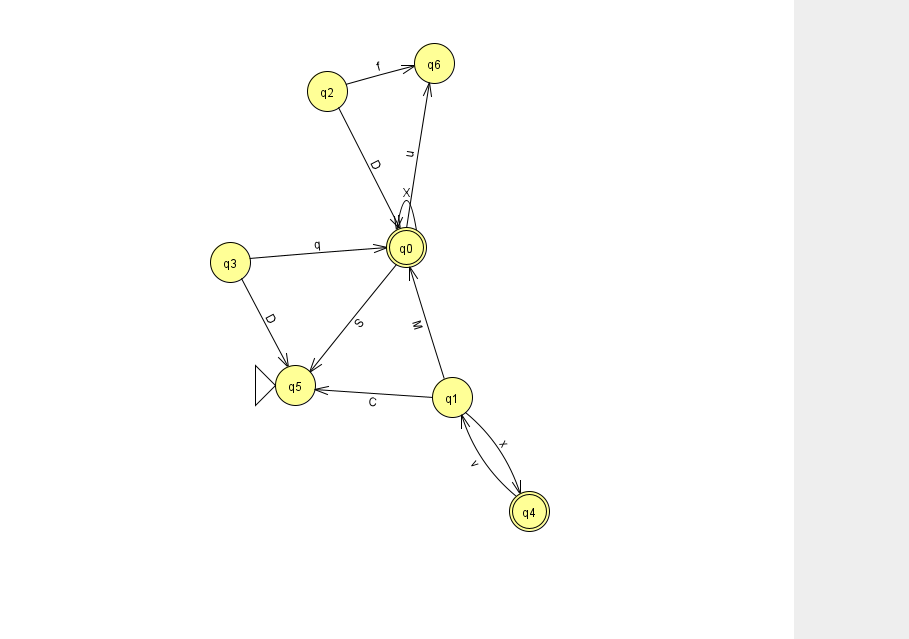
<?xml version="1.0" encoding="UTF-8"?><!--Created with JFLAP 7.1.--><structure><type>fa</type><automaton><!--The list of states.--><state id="0" name="q0"><x>406.0</x><y>234.0</y><final/></state><state id="1" name="q1"><x>452.0</x><y>384.0</y></state><state id="2" name="q2"><x>327.0</x><y>78.0</y></state><state id="3" name="q3"><x>230.0</x><y>249.0</y></state><state id="4" name="q4"><x>529.0</x><y>498.0</y><final/></state><state id="5" name="q5"><x>295.0</x><y>372.0</y><initial/></state><state id="6" name="q6"><x>434.0</x><y>50.0</y></state><!--The list of transitions.--><transition><from>0</from><to>5</to><read>S</read></transition><transition><from>2</from><to>6</to><read>f</read></transition><transition><from>2</from><to>0</to><read>D</read></transition><transition><from>1</from><to>4</to><read>x</read></transition><transition><from>3</from><to>5</to><read>D</read></transition><transition><from>1</from><to>5</to><read>C</read></transition><transition><from>3</from><to>0</to><read>q</read></transition><transition><from>0</from><to>6</to><read>u</read></transition><transition><from>0</from><to>0</to><read>X</read></transition><transition><from>1</from><to>0</to><read>M</read></transition><transition><from>4</from><to>1</to><read>v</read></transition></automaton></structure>